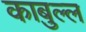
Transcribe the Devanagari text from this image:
काबुल्ल